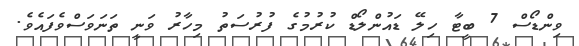
ވިންޑޯސް 7 ބީޓާ ހިލޭ ޑައުންލޯޑް ކުރުމުގެ ފުރުސަތު މިހާރު ވަނީ ތަނަވަސްވެފައެވެ.